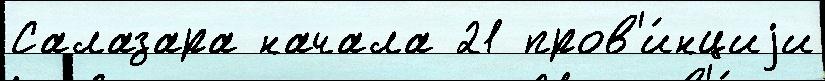
Салазара начала 21 пров'и́нциjи